Civil Veterinary Dept. Assam report 1927-50 - 1927-1950
Year: 1927
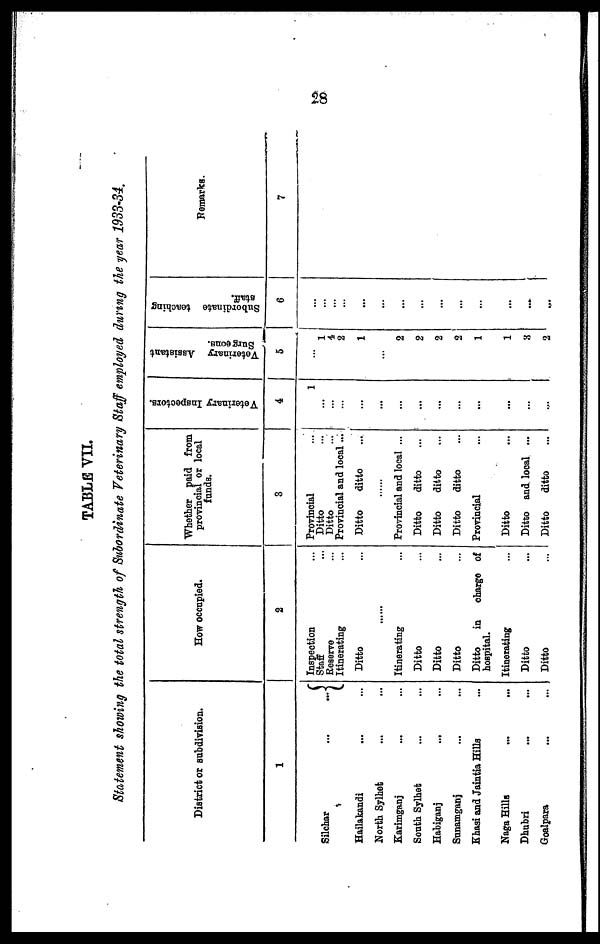
28
TABLE VII.
Statement showing the total strength of Subordinate Veterinary Staff employed during the year 1933-34.
District or subdivision.
1
Silchar
...
...
Hailakandi
... ...
North Sylhet ... ...
Karimganj ... ...
South Sylhet ... ...
Habiganj
... ...
Sunamganj ... ...
Khasi and Jaintia Hills ...
Naga Hills ... ...
Dhubri ... ...
Goalpara ... ...
How occupied.
2
Inspection ...
Staff ...
Reserve ...
Itinerating ...
Ditto ...
Itinerating ...
Ditto ...
Ditto ...
Ditto ...
Ditto
in charge of
hospital.
Itinerating ...
Ditto ...
Ditto ...
Whether paid from
provincial or local
funds.
3
Provincial ...
Ditto ...
Ditto ...
Provincial and local ...
Ditto
ditto ...
Provincial and local ...
Ditto
ditto ...
Ditto
ditto ...
Ditto
ditto ...
Provincial ...
Ditto ...
Ditto and. local ...
Ditto
ditto ...
Veterinary Inspectors.
4
1
...
...
...
...
...
...
...
...
...
...
...
...
Veterinary Assistant
Surgeons.
5
...
1
4
2
1
...
2
2
2
2
1
1
8
2
Subordinate teaching
staff.
6
...
...
...
...
...
...
...
...
...
...
...
...
...
Remarks.
7